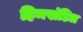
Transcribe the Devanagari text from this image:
हिमखंडित